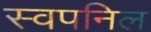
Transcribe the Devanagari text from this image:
स्वपनिल